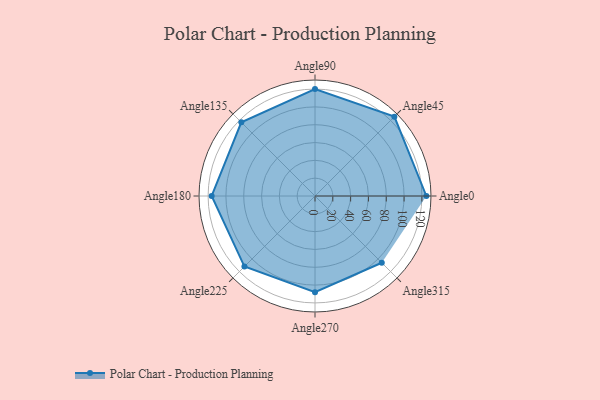
{"axis": {"x": "Angle", "y": "Radius"}, "legend": [""], "data": [{"x": "Angle0", "y": 125.0, "type": ""}, {"x": "Angle45", "y": 126.0, "type": ""}, {"x": "Angle90", "y": 120.0, "type": ""}, {"x": "Angle135", "y": 117.0, "type": ""}, {"x": "Angle180", "y": 116.0, "type": ""}, {"x": "Angle225", "y": 112.0, "type": ""}, {"x": "Angle270", "y": 108.0, "type": ""}, {"x": "Angle315", "y": 106.0, "type": ""}]}